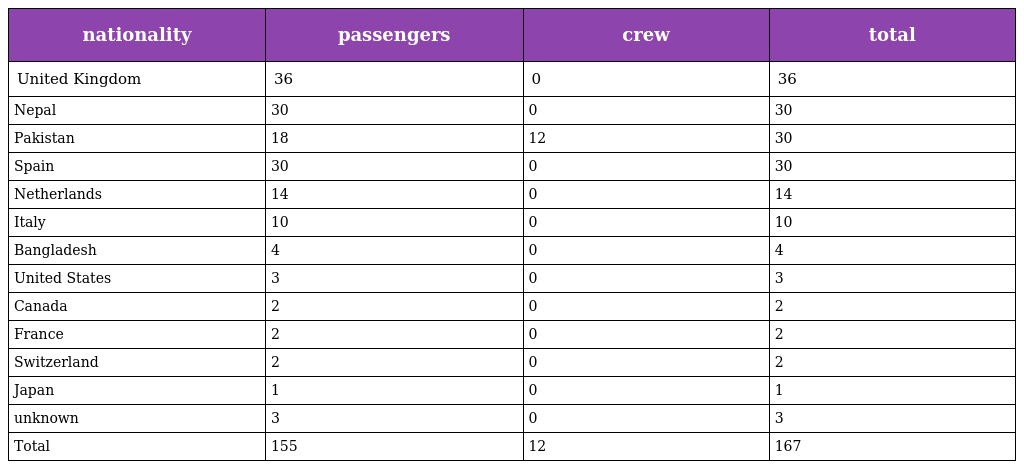
| nationality | passengers | crew | total |
 | --- | --- | --- | --- |
 | United Kingdom | 36 | 0 | 36 |
 | Nepal | 30 | 0 | 30 |
 | Pakistan | 18 | 12 | 30 |
 | Spain | 30 | 0 | 30 |
 | Netherlands | 14 | 0 | 14 |
 | Italy | 10 | 0 | 10 |
 | Bangladesh | 4 | 0 | 4 |
 | United States | 3 | 0 | 3 |
 | Canada | 2 | 0 | 2 |
 | France | 2 | 0 | 2 |
 | Switzerland | 2 | 0 | 2 |
 | Japan | 1 | 0 | 1 |
 | unknown | 3 | 0 | 3 |
 | Total | 155 | 12 | 167 |